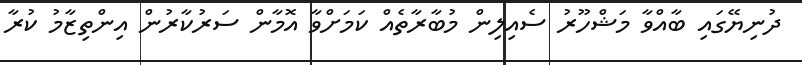
ދުނިޔޭގައި ބާއްވާ މަޝްހޫރު ސެއިލިން މުބާރާތެއް ކަމަށްވާ އޮމާން ސަރުކާރުން އިންތިޒާމު ކުރާ